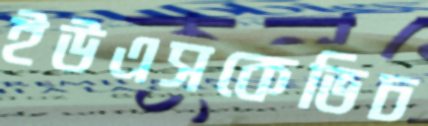
ইউএসকেভিচ